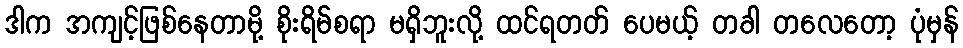
ဒါက အကျင့်ဖြစ်နေတာမို့ စိုးရိမ်စရာ မရှိဘူးလို့ ထင်ရတတ် ပေမယ့် တခါ တလေတော့ ပုံမှန်